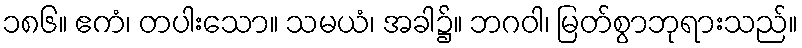
၁၈၆။ ဧကံ၊ တပါးသော။ သမယံ၊ အခါ၌။ ဘဂဝါ၊ မြတ်စွာဘုရားသည်။